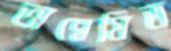
অন্বেষিত